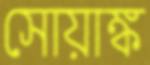
সোয়াঙ্ক